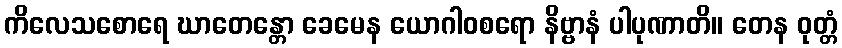
ကိလေသစောရေ ဃာတေန္တော ခေမေန ယောဂါဝစရော နိဗ္ဗာနံ ပါပုဏာတိ။ တေန ဝုတ္တံ